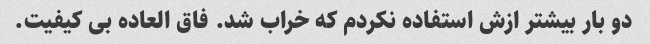
دو بار بیشتر ازش استفاده نکردم که خراب شد. فاق العاده بی کیفیت.